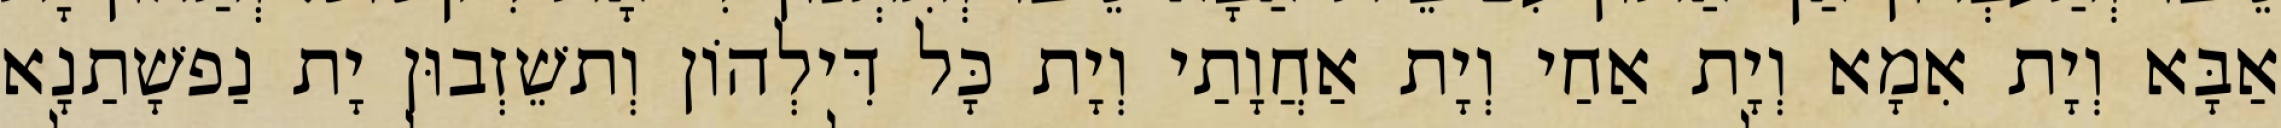
אַבָּא וְיָת אִמָא וְיָת אַחַי וְיָת אַחֲוָתַי וְיָת כָּל דִּילְהוֹן וְתשֵׁזְבוּן יָת נַפשָׁתַנָא